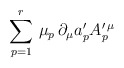
\begin{align*}\sum_{p=1}^r\, \mu_p\, \partial_{\mu} a'_p A^{\prime\, \mu}_p\end{align*}